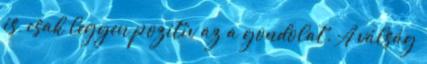
is, csak legyen pozitív az a gondolat. A válság